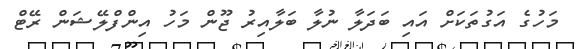
މަހުގެ އަގުތަކަށް އައި ބަދަލާ ނުލާ ބަލާއިރު ޖޫން މަހު އިންފްލޭޝަން ރޭޓް